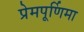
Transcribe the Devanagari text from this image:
प्रेमपूर्णिमा